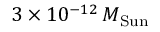
3 \times 1 0 ^ { - 1 2 } \, M _ { \mathrm { S u n } }